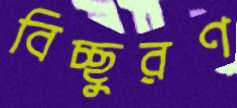
বিচ্ছুরণ